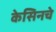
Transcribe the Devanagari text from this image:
केसिनचे